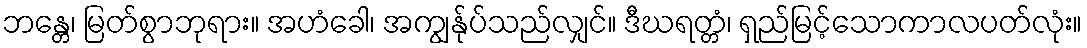
ဘန္တေ၊ မြတ်စွာဘုရား။ အဟံခေါ၊ အကျွန်ုပ်သည်လျှင်။ ဒီဃရတ္တံ၊ ရှည်မြင့်သောကာလပတ်လုံး။